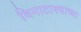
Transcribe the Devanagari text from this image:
विनाटाक्‍याच्या